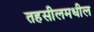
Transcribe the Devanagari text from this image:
तहसीलमधील